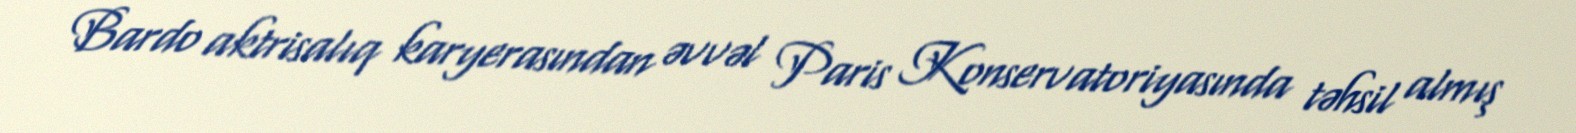
Bardo aktrisalıq karyerasından əvvəl Paris Konservatoriyasında təhsil almış